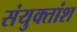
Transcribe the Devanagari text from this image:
संयुक्तांश